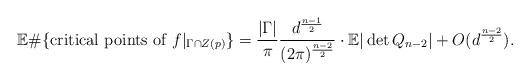
LaTeX: \begin{align*}\mathbb{E}\#\{\textrm{critical points of $f|_{\Gamma\cap Z(p)}$}\}=\frac{|\Gamma|}{\pi} \frac{d^{\frac{n-1}{2}}}{(2\pi)^{\frac{n-2}{2}}}\cdot \mathbb{E}|\det Q_{n-2}|+O(d^{\frac{n-2}{2}}).\end{align*}